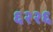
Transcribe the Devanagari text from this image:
६२२६